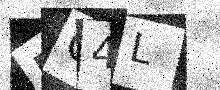
Text: IC4L